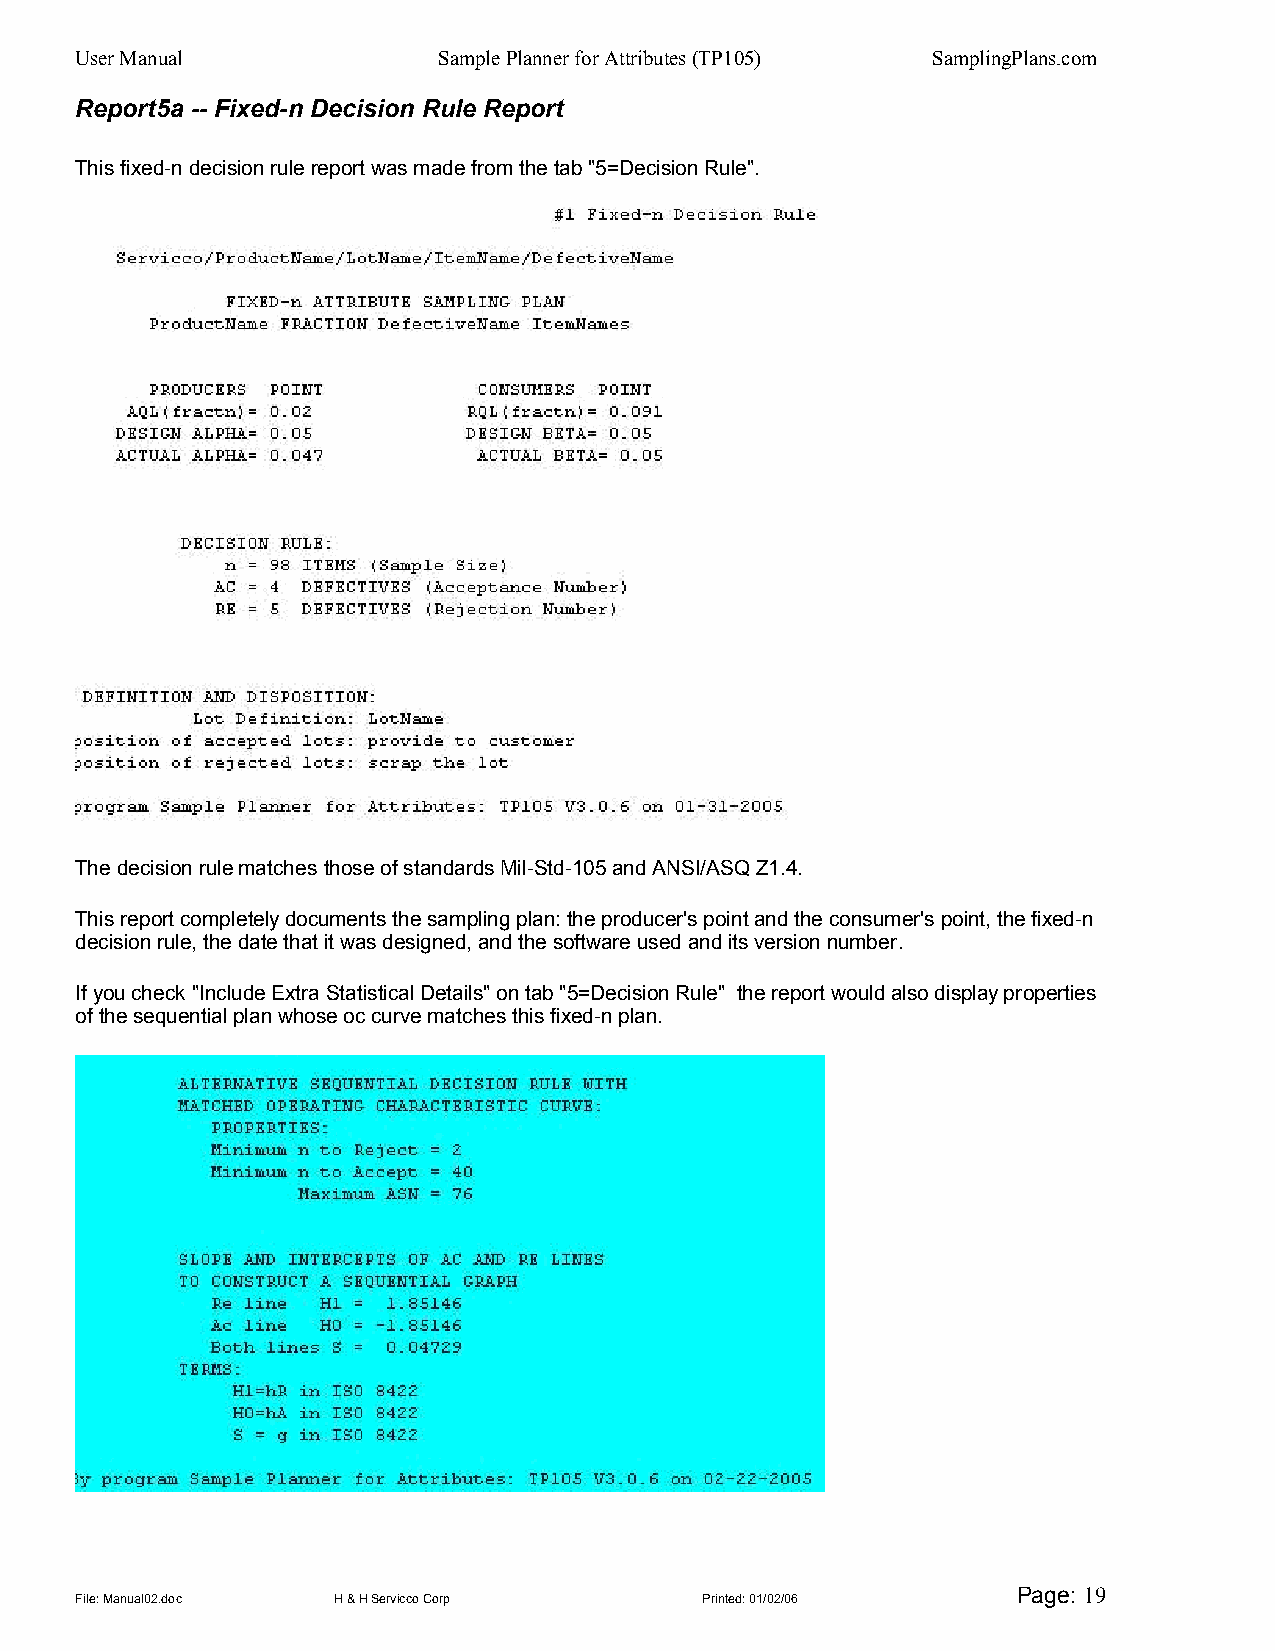
User Manual             Sample Planner for Attributes (TP105) SamplingPlans.com
 Report5a -- Fixed-n Decision Rule Report
 This fixed-n decision rule report was made from the tab "5=Decision Rule".
 The decision rule matches those of standards Mil-Std-105 and ANSI/ASQ Z1.4.
 This report completely documents the sampling plan: the producer's point and the consumer's point, the fixed-n
 decision rule, the date that it was designed, and the software used and its version number.
 If you check "Include Extra Statistical Details" on tab "5=Decision Rule" the report would also display properties
 of the sequential plan whose oc curve matches this fixed-n plan.
 Page: 19
 File: Manual02.doc H & H Servicco Corp   Printed: 01/02/06